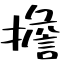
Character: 擔